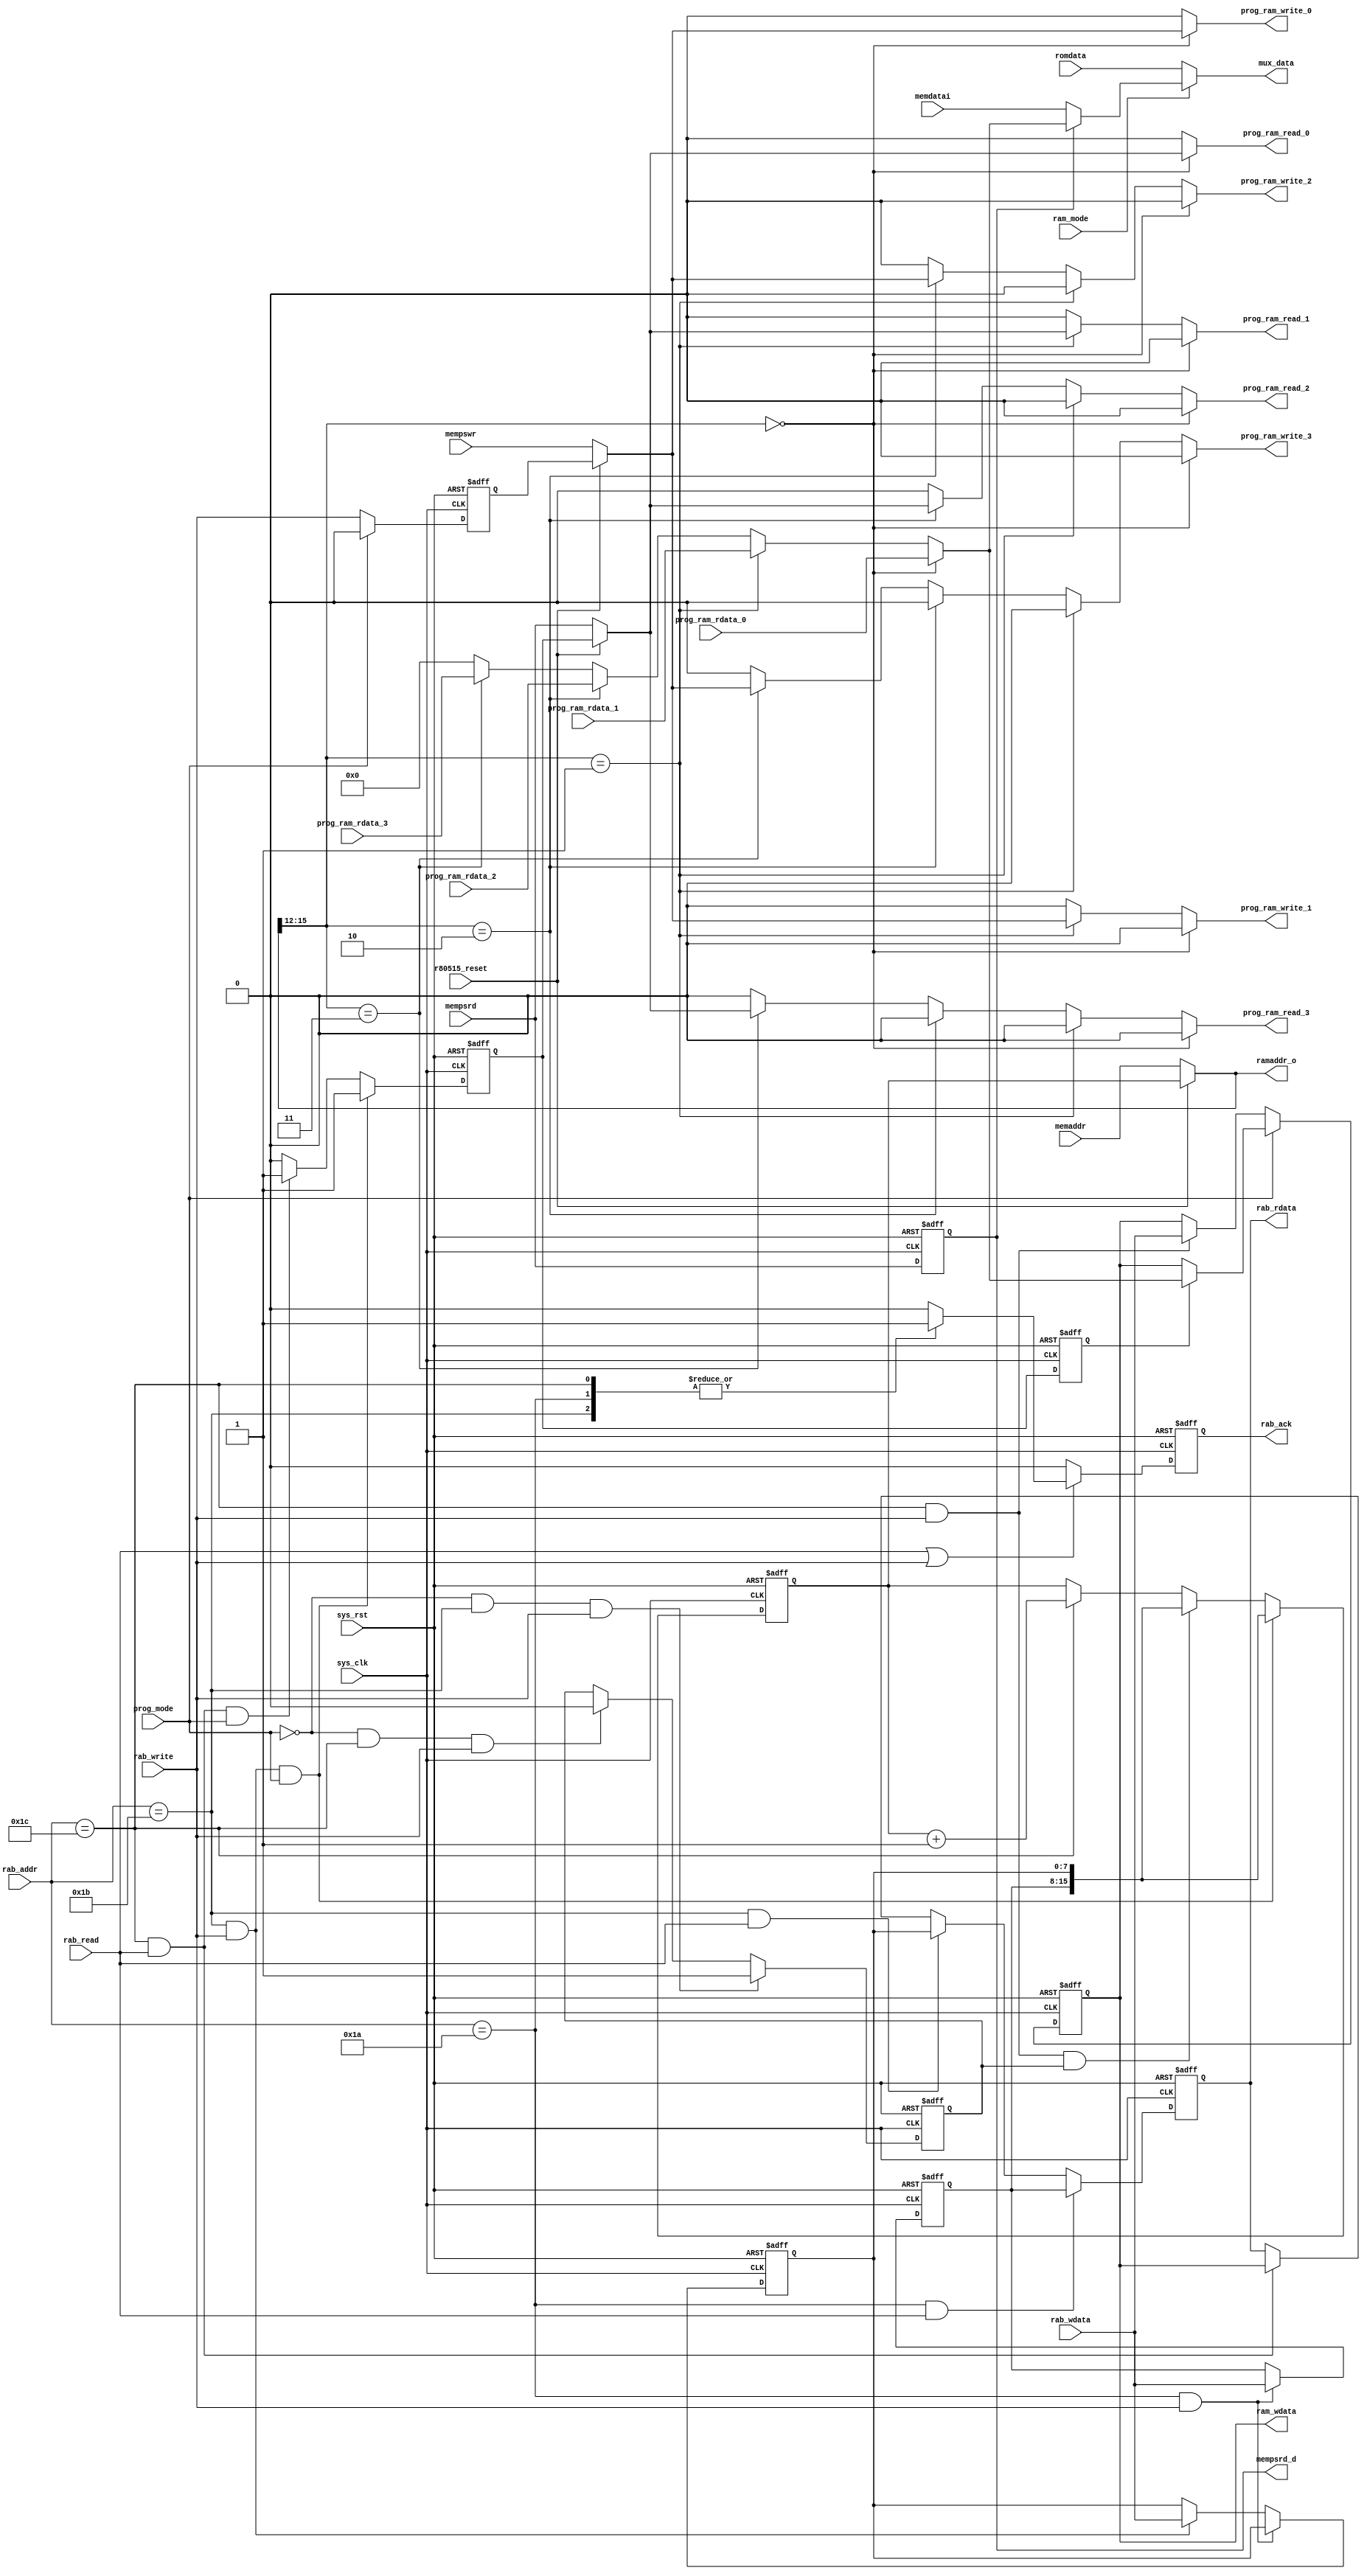
module add_on(
              //ram interface
              sys_clk   ,
              sys_rst   ,
              r80515_reset,
              prog_mode ,
              rab_write ,
              rab_read  ,
              rab_addr  ,
              rab_wdata ,
              rab_ack   ,
              memaddr   ,
              memdatai  ,
              prog_ram_rdata_0,
              prog_ram_rdata_1,
              prog_ram_rdata_2,
              prog_ram_rdata_3,
              prog_ram_write_0,
              prog_ram_write_1,
              prog_ram_write_2,
              prog_ram_write_3,
              prog_ram_read_0 ,
              prog_ram_read_1 ,
              prog_ram_read_2 ,
              prog_ram_read_3 ,
              //
              rab_rdata ,
              ramaddr_o ,
              ram_wdata ,
              //mux 
              romdata   ,
              ram_mode  ,
              mux_data  ,
              mempswr   ,
              mempsrd   ,
              mempsrd_d
       );

input         sys_clk  ;
input         sys_rst  ;
input         r80515_reset;
input         prog_mode;  //0: sequential write; 1:sequential read

//i2c slave interface
input         rab_write;
input         rab_read ;
input   [8:0] rab_addr ;
input   [7:0] rab_wdata;
output  [7:0] rab_rdata;
output        rab_ack  ;

//ram interface
input [15:0]   memaddr         ;
input  [7:0]   memdatai        ;
input  [7:0]   prog_ram_rdata_0;
input  [7:0]   prog_ram_rdata_1;
input  [7:0]   prog_ram_rdata_2;
input  [7:0]   prog_ram_rdata_3;
output         prog_ram_write_0;
output         prog_ram_write_1;
output         prog_ram_write_2;
output         prog_ram_write_3;
output         prog_ram_read_0 ;
output         prog_ram_read_1 ;
output         prog_ram_read_2 ;
output         prog_ram_read_3 ;

output  [15:0]ramaddr_o ;
output  [7:0] ram_wdata; 

//mux for program rom/ram
input  [7:0]   romdata ;  //output from rom
input          ram_mode;  //1: select ram; 0:select rom

output [7:0]   mux_data;    

//mempsrd and mempswr
input          mempswr  ;
input          mempsrd  ;
output         mempsrd_d; 
reg            mempsrd_d;   

reg     [7:0] prog_addr_h;
reg     [7:0] prog_addr_l;
reg     [7:0] prog_data  ;

reg           prog_ram_rd;
reg           prog_ram_rd_d ;
//reg           prog_ram_rd_d1;
reg           prog_ram_wr;
reg    [15:0] ramaddr    ;
reg    [15:0] ramaddr_t  ;

//
reg     [7:0] ram_rdata  ; 
reg           prog_ram_write_0;
reg           prog_ram_write_1;
reg           prog_ram_write_2;
reg           prog_ram_write_3;
reg           prog_ram_read_0 ;
reg           prog_ram_read_1 ;
reg           prog_ram_read_2 ;
reg           prog_ram_read_3 ;
reg     [7:0] rab_rdata  ;
reg           rab_ack    ;

reg           wr_1st_flag;


wire    [7:0] ram_wdata  ;
wire   [15:0] ramaddr_o  ;

assign        ramaddr_o = r80515_reset ? ramaddr : memaddr;

///////////// data //////////////////
assign        mux_data  = ram_mode ? (mempsrd_d ? ram_rdata : memdatai) : romdata;
assign        ram_wdata = prog_data;

//register for store data
always @(posedge sys_clk or posedge sys_rst) begin
  if(sys_rst) begin
    prog_data   <= 8'h00;
  end
  else if(prog_mode) begin //sequential read
    if(prog_ram_rd_d) begin //because ram_rdata ready 1 cycle after prog_ram_rd 
      prog_data <= ram_rdata; 
    end
  end
  else begin //sequential write
    if((rab_addr == 9'h1c) && rab_write) begin  
      prog_data <= rab_wdata; 
    end
  end
end

always @(posedge sys_clk or posedge sys_rst) begin
  if(sys_rst)
    rab_rdata <= 8'h00;
  else if((rab_addr == 9'h1a) && rab_read)
    rab_rdata <= prog_addr_h;
  else if((rab_addr == 9'h1b) && rab_read)
    rab_rdata <= prog_addr_l;
  else if((rab_addr == 9'h1c) && rab_read)
    rab_rdata <= prog_data  ;
end

////////////// ack ///////////////
always @(posedge sys_clk or posedge sys_rst) begin
  if(sys_rst)
    rab_ack <= 1'b0;
  else if(rab_read||rab_write)
    case (rab_addr)
      9'h1a: rab_ack <= 1'b1;
      9'h1b: rab_ack <= 1'b1;
      9'h1c: rab_ack <= 1'b1;
      default: rab_ack <= 1'b0;
    endcase
  else
    rab_ack <= 1'b0;
end


////////////// wr/rd /////////////
always @(posedge sys_clk or posedge sys_rst) begin
  if(sys_rst) 
    prog_ram_wr <= 1'b0;
  else if(!prog_mode)  //sequential write
    prog_ram_wr <= rab_write;   
  else
    prog_ram_wr <= 1'b0;
end

always @(posedge sys_clk or posedge sys_rst) begin
  if(sys_rst) 
    prog_ram_rd <= 1'b0;
  else if((rab_addr == 9'h1b) && rab_write && prog_mode)
    prog_ram_rd <= 1'b1;
  else if((rab_addr == 9'h1c) && rab_read  && prog_mode)
    prog_ram_rd <= 1'b1;
  else
    prog_ram_rd <= 1'b0;
end
  


//generate a signal for 1 clock cycle delay of prog_ram_rd
always @(posedge sys_clk or posedge sys_rst) begin
  if(sys_rst) begin
    prog_ram_rd_d <= 1'b0;
    //prog_ram_rd_d1<= 1'b0;
  end
  else begin
    prog_ram_rd_d <= prog_ram_rd;
    //prog_ram_rd_d1<= prog_ram_rd_d;  
  end
end

/////////////// addr ///////////////
always @(posedge sys_clk or posedge sys_rst) begin
  if(sys_rst) begin
    prog_addr_h <= 8'h00;
    prog_addr_l <= 8'h00;       
  end
  else //sequential read/write
    if((rab_addr == 9'h1a) && rab_write)
      prog_addr_h <= rab_wdata;
    else if((rab_addr == 9'h1b) && rab_write)
      prog_addr_l <= rab_wdata;
end



//ramaddr for storing ram address; always get ready before write/read
always @(posedge sys_clk or posedge sys_rst) begin
  if(sys_rst) 
    ramaddr <= 16'h0000;
  //else if(prog_ram_rd_t3) //read 1st ram data after finish set prog_addr_l
  else if((rab_addr == 9'h1b) && rab_write && prog_mode)
    ramaddr <= {prog_addr_h,prog_addr_l};
  else if((rab_addr == 9'h1c) && rab_write && wr_1st_flag)   //addr of write 1st data
    ramaddr <= {prog_addr_h,prog_addr_l};
  else if(rab_addr == 9'h1c)   //write/read the rest data, address auto add 1
    ramaddr <= ramaddr + 1;  
//  else if(!r80515_reset)
//    ramaddr <= memaddr;
end

always @(posedge sys_clk or posedge sys_rst) begin
  if(sys_rst) 
    wr_1st_flag <= 1'b0;
  else if(!prog_mode && (rab_addr == 9'h1b) && rab_write) //write data mode
    wr_1st_flag <= 1'b1;
  else if(!prog_mode && (rab_addr == 9'h1c) && rab_write)
    wr_1st_flag <= 1'b0;
end
    


//////////// 4 ram select //////////////
always @(*) begin
  if(ramaddr_o[15:12]==4'b0000)
    ram_rdata = prog_ram_rdata_0;
  else if(ramaddr_o[15:12]==4'b0001)
    ram_rdata = prog_ram_rdata_1;
  else if(ramaddr_o[15:12]==4'b0010)
    ram_rdata = prog_ram_rdata_2;
  else if(ramaddr_o[15:12]==4'b0011)
    ram_rdata = prog_ram_rdata_3;
  else
    ram_rdata = 8'h00;
end

always @(*) begin
  if(ramaddr_o[15:12]==4'b0000) begin
    prog_ram_write_0 = r80515_reset ? prog_ram_wr : mempswr;
    prog_ram_read_0  = r80515_reset ? prog_ram_rd : mempsrd;
    prog_ram_write_1 = 1'b0;
    prog_ram_read_1  = 1'b0;
    prog_ram_write_2 = 1'b0;
    prog_ram_read_2  = 1'b0;
    prog_ram_write_3 = 1'b0;
    prog_ram_read_3  = 1'b0;
  end
  else if(ramaddr_o[15:12]==4'b0001) begin
    prog_ram_write_0 = 1'b0;
    prog_ram_read_0  = 1'b0;
    prog_ram_write_1 = r80515_reset ? prog_ram_wr : mempswr; 
    prog_ram_read_1  = r80515_reset ? prog_ram_rd : mempsrd;  
    prog_ram_write_2 = 1'b0;
    prog_ram_read_2  = 1'b0;
    prog_ram_write_3 = 1'b0;
    prog_ram_read_3  = 1'b0; 
  end
  else if(ramaddr_o[15:12]==4'b0010) begin
    prog_ram_write_0 = 1'b0;
    prog_ram_read_0  = 1'b0;
    prog_ram_write_1 = 1'b0;
    prog_ram_read_1  = 1'b0;
    prog_ram_write_2 = r80515_reset ? prog_ram_wr : mempswr; 
    prog_ram_read_2  = r80515_reset ? prog_ram_rd : mempsrd;
    prog_ram_write_3 = 1'b0;
    prog_ram_read_3  = 1'b0;
  end
  else if(ramaddr_o[15:12]==4'b0011) begin
    prog_ram_write_0 = 1'b0;
    prog_ram_read_0  = 1'b0;
    prog_ram_write_1 = 1'b0;
    prog_ram_read_1  = 1'b0;
    prog_ram_write_2 = 1'b0;
    prog_ram_read_2  = 1'b0;
    prog_ram_write_3 = r80515_reset ? prog_ram_wr : mempswr;
    prog_ram_read_3  = r80515_reset ? prog_ram_rd : mempsrd;
  end
  else begin
    prog_ram_write_0 = 1'b0;
    prog_ram_read_0  = 1'b0;
    prog_ram_write_1 = 1'b0;
    prog_ram_read_1  = 1'b0;
    prog_ram_write_2 = 1'b0;
    prog_ram_read_2  = 1'b0;
    prog_ram_write_3 = 1'b0;
    prog_ram_read_3  = 1'b0;        
  end
end   

//delay for mempsrd
always @(negedge sys_clk or posedge sys_rst)begin
  if(sys_rst)
    mempsrd_d <= 1'b0;
  else
    mempsrd_d <= mempsrd;
end


endmodule